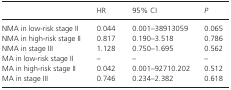
|  | HR | 95% CI | P |
 | --- | --- | --- | --- |
 | NMA in low‐risk stage II | 0.044 | 0.001–38913059 | 0.065 |
 | NMA in high‐risk stage II | 0.817 | 0.190–3.518 | 0.786 |
 | NMA in stage III | 1.128 | 0.750–1.695 | 0.562 |
 | MA in low‐risk stage II | – | – | – |
 | MA in high‐risk stage II | 0.042 | 0.001–92710.202 | 0.512 |
 | MA in stage III | 0.746 | 0.234–2.382 | 0.618 |